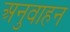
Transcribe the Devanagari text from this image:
अनुवाहन